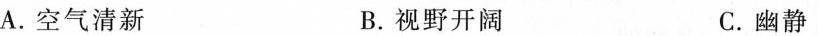
A.空气清新 B.视野开阔 C.幽静